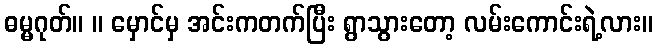
ဓမ္မဂုတ်။ ။ မှောင်မှ အင်းကတက်ပြီး ရွာသွားတော့ လမ်းကောင်းရဲ့လား။